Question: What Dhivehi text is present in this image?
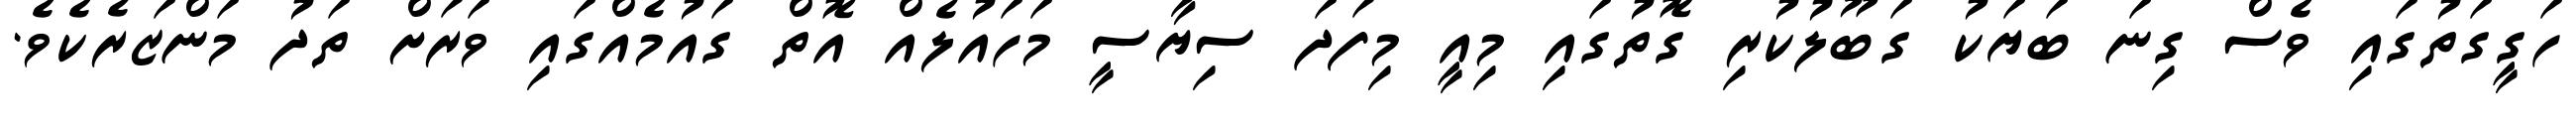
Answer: ހަގީގަތުގައި ވެސް ގިނަ ބަޔަކު ގަބޫލުކުރި ގޮތުގައި މިއީ މިފަދަ ސިޔާސީ މަހައުލެއް އޮތް ގައުމެއްގައި ވަރަށް ތަދު މަންޒަރެކެވެ.